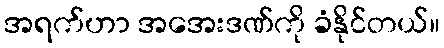
အရက်ဟာ အအေးဒဏ်ကို ခံနိုင်တယ်။